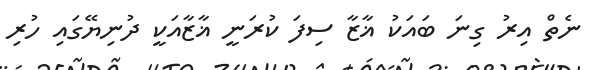
ނެތް އިރު ގިނަ ބައަކު ޣާޒާ ސިފަ ކުރަނީ ޣާޒާއަކީ ދުނިޔޭގައި ހުރި